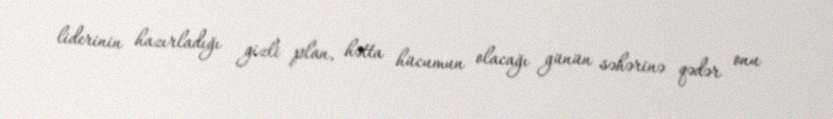
liderinin hazırladığı gizli plan, hətta hücumun olacağı günün səhərinə qədər onu